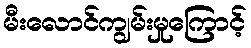
မီးလောင်ကျွမ်းမှုကြောင့်